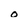
Character: o